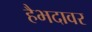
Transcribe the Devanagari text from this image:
हैभदावर